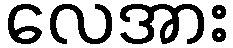
လေအား